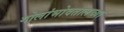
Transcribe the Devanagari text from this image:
गोलांभोवतालच्या